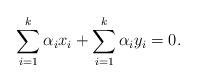
LaTeX: \begin{align*}\sum_{i=1}^k \alpha_i x_i+\sum_{i=1}^k \alpha_i y_i=0.\end{align*}